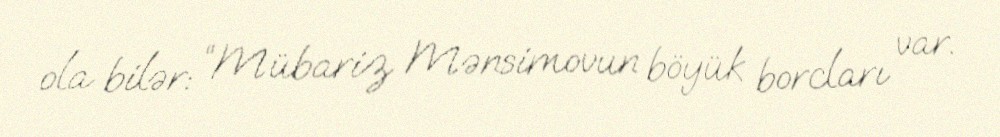
ola bilər: “Mübariz Mənsimovun böyük borcları var.